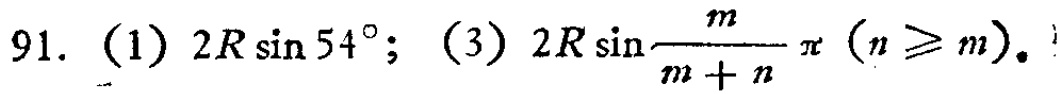
91. (1) \(2R\sin54^{\circ}\); (3) \(2R\sin\frac{m}{m + n}\pi\ (n\geq m)\)